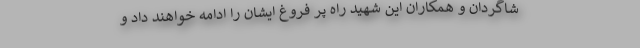
شاگردان و همکاران این شهید راه پر فروغ ایشان را ادامه خواهند داد و